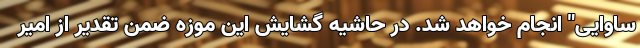
ساوایی" انجام خواهد شد. در حاشیه گشایش این موزه ضمن تقدیر از امیر